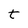
Character: t